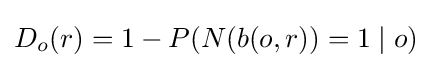
D_{o}(r)=1-P({N}(b(o,r))=1\mid o)